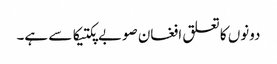
دونوں کا تعلق افغان صوبے پکتیکا سے ہے۔